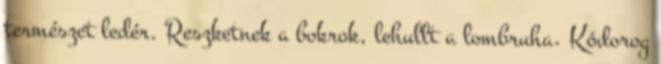
természet ledér. Reszketnek a bokrok, lehullt a lombruha. Kódorog